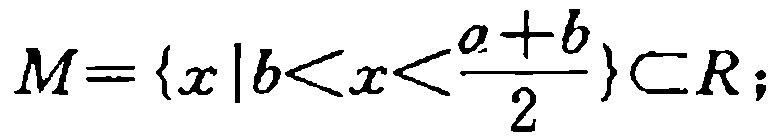
\(M = \{ x \mid b < x < \frac{a + b}{2} \} \subset R;\)